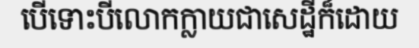
បើទោះបីលោកក្លាយជាសេដ្ឋីក៏ដោយ